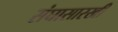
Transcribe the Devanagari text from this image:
संघासारखी